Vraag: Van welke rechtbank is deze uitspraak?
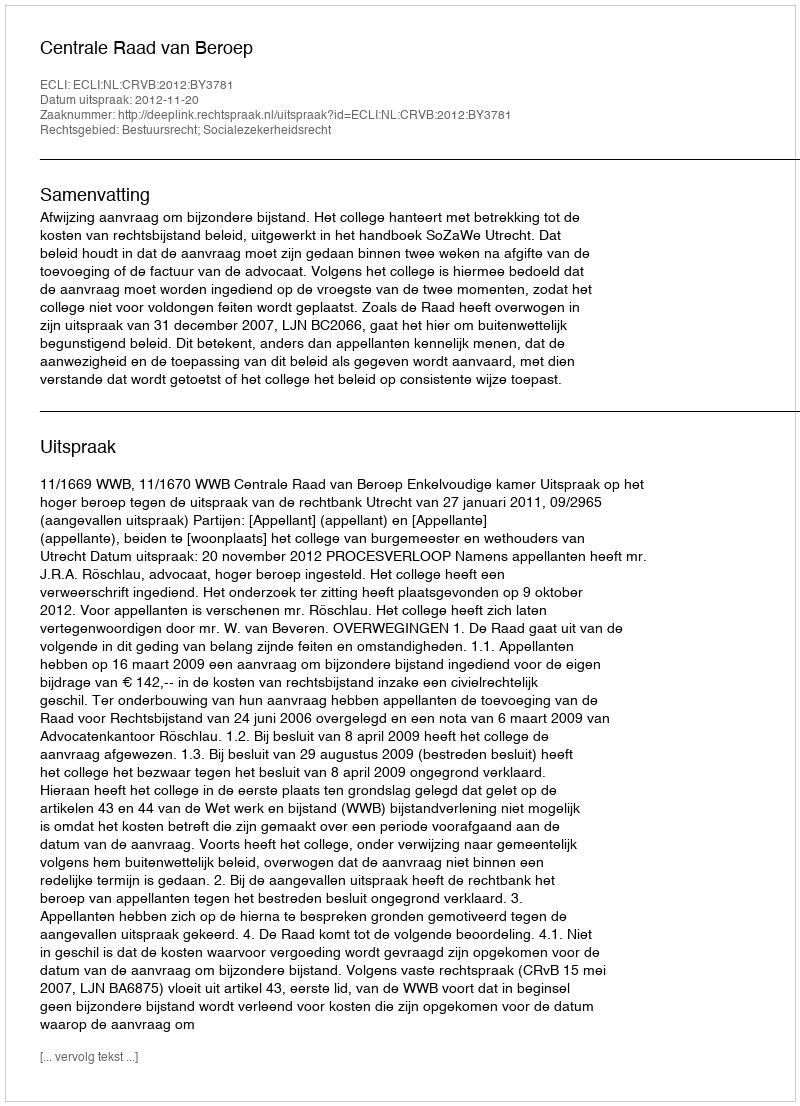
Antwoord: Centrale Raad van Beroep